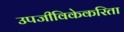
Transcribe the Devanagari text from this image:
उपजीविकेकरिता